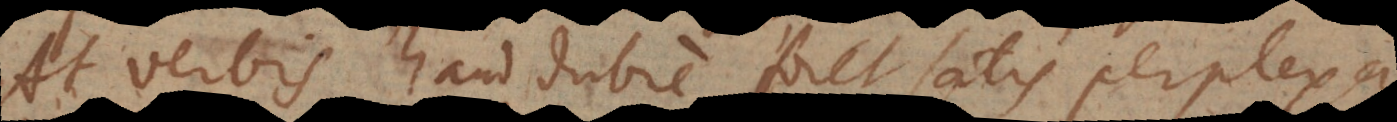
At verbis haud dubie foret satis perplex